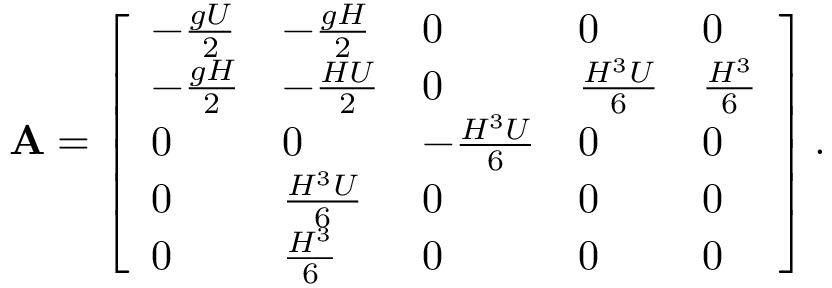
\mathbf { A } = \left[ \begin{array} { l l l l l } { - \frac { g U } { 2 } } & { - \frac { g H } { 2 } } & { 0 } & { 0 } & { 0 } \\ { - \frac { g H } { 2 } } & { - \frac { H U } { 2 } } & { 0 } & { \frac { H ^ { 3 } U } { 6 } } & { \frac { H ^ { 3 } } { 6 } } \\ { 0 } & { 0 } & { - \frac { H ^ { 3 } U } { 6 } } & { 0 } & { 0 } \\ { 0 } & { \frac { H ^ { 3 } U } { 6 } } & { 0 } & { 0 } & { 0 } \\ { 0 } & { \frac { H ^ { 3 } } { 6 } } & { 0 } & { 0 } & { 0 } \end{array} \right] .